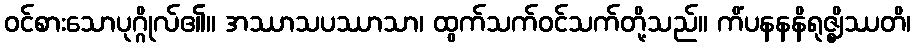
ဝင်စားသောပုဂ္ဂိုလ်၏။ အဿာသပဿာသာ၊ ထွက်သက်ဝင်သက်တို့သည်။ ကိံပနနနိရုဇ္ဈိဿတိ၊